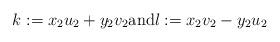
LaTeX: \begin{align*} k:=x_2u_2+y_2v_2\mbox{and} l:=x_2v_2-y_2u_2\end{align*}